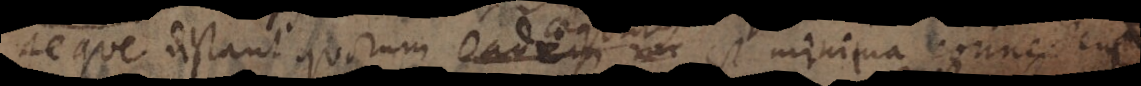
Aeque distant quorum eadem _ est minima connectem